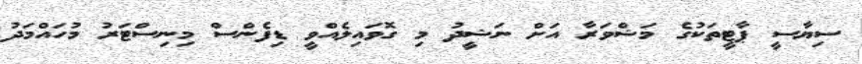
ސިޔާސީ ޕާޓީތަކުގެ މަޝްވަރާ އަށް ނަޝީދު މި ގޮވައިލެއްވީ ޑިފެންސް މިނިސްޓަރު މުހައްމަދު